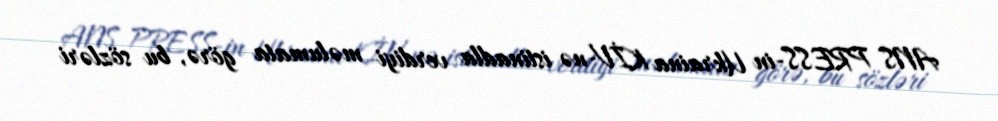
ANS PRESS-in Ukraina KİV-nə istinadla verdiyi məlumata görə, bu sözləri